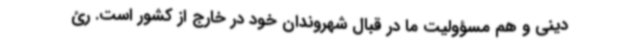
دینی و هم مسؤولیت ما در قبال شهروندان خود در خارج از کشور است. رئ